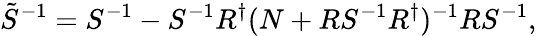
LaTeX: \tilde{S}^{-1}=S^{-1}-S^{-1}R^{\dagger}(N+RS^{-1}R^{\dagger})^{-1}RS^{-1},